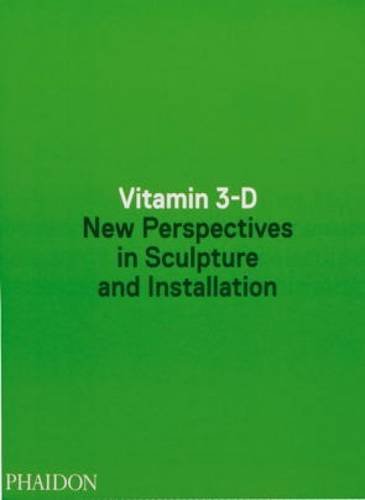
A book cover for Vitamin 3-D: New Perspectives in Sculpture and Installation; Adriano Pedrosa; Arts & Photography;